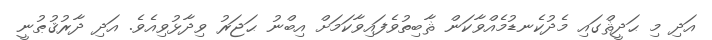
އަދި މި ޙަދީޘްގައި މެދުކެނޑުމެއްވާކަން ޘާބިތުވެފައިވާކަމަށް އިބްނު ޙަޖަރު ވިދާޅުވިއެވެ. އަދި ދާރުޤުޠުނީ